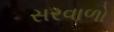
સરવાળો